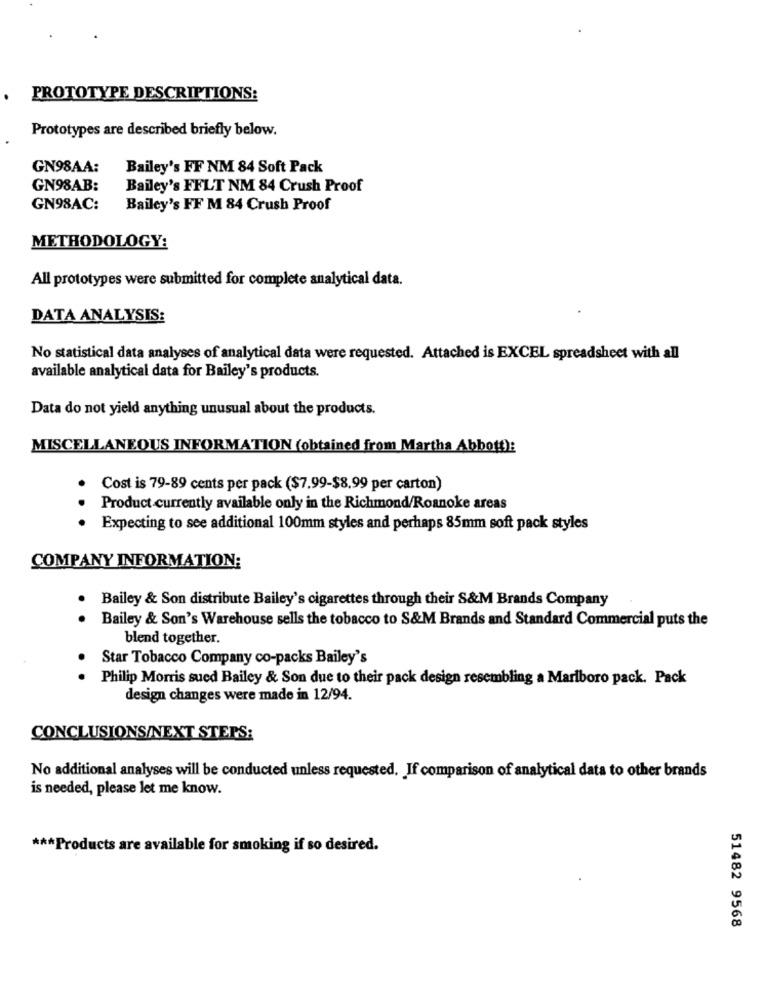
PROTOTYPE DESCRIPTIONS:
Prototypes are described briefly below.
GN98AA:
Bailey's FF NM 84 Soft Pack
GN98AB:
Bailey's FFLT NM 84 Crush Proof
GN98AC:
Bailey's FF M 84 Crush Proof
METHODOLOGY:
All prototypes were submitted for complete analytical data.
DATA ANALYSIS:
No statistical data analyses of analytical data were requested. Attached is EXCEL spreadsheet with all
available analytical data for Bailey's products.
Data do not yield anything unusual about the products.
MISCELLANEOUS INFORMATION (obtained from Martha Abbott):
Cost is 79-89 cents per pack ($7.99-$8.99 per carton)
Product currently available only in the Richmond/Roanoke areas
· Expecting to see additional 100mm styles and perhaps 85mm soft pack styles
COMPANY INFORMATION:
Bailey & Son distribute Bailey's cigarettes through their S&M Brands Company
. .
Bailey & Son's Warehouse sells the tobacco to S&M Brands and Standard Commercial puts the
blend together.
.
Star Tobacco Company co-packs Bailey's
Philip Morris sued Bailey & Son due to their pack design resembling a Marlboro pack. Pack
design changes were made in 12/94.
CONCLUSIONS/NEXT STEPS:
No additional analyses will be conducted unless requested. If comparison of analytical data to other brands
is needed, please let me know.
*** Products are available for smoking if so desired.
51482 9568